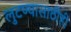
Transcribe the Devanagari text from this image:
लुटण्यासाठीही